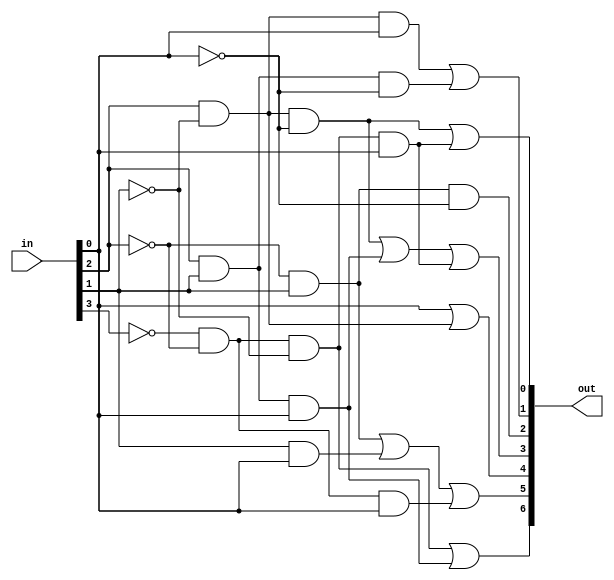
`timescale 1ns / 1ps

module bcd_to_7seg
(input [3:0] in,
	output [6:0] out);
	
	wire a,b,c,d;
	
	assign a = in[3];
	assign b = in[2];
	assign c = in[1];
	assign d = in[0];
	
	assign out[0] = b & (~c) & (~d) | (~a) & (~b) & (~c) & d;
	assign out[1] = b & (~c) & (d) | b & c & (~d);
	assign out[2] = (~b) & (c) & (~d);
	assign out[3] = b & (~c) & (~d) |b & c & d | (~a) & (~b) & (~c) & d;
	assign out[4] = d | b & (~c);
	assign out[5] = (~b) & c | c & d | (~a) & (~b) & d;
	assign out[6] = (~a) & (~b) & (~c) | b & c & d;

endmodule